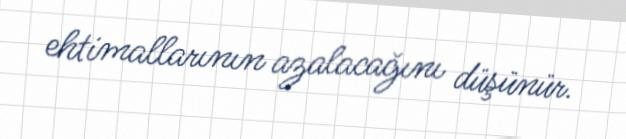
ehtimallarının azalacağını düşünür.